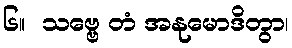
၆။  သဗ္ဗေ တံ အနုမောဒိတွာ၊